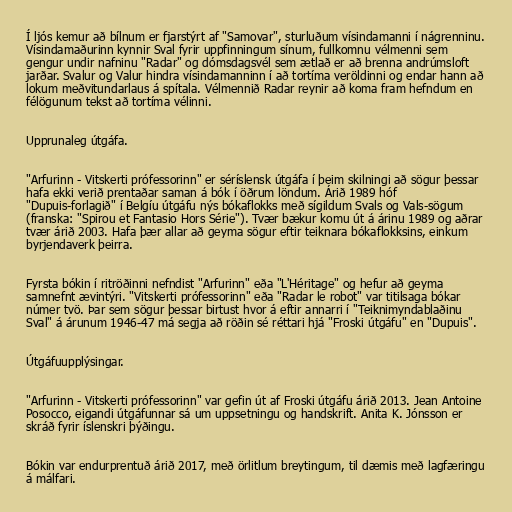
Í ljós kemur að bílnum er fjarstýrt af "Samovar", sturluðum vísindamanni í nágrenninu.
Vísindamaðurinn kynnir Sval fyrir uppfinningum sínum, fullkomnu vélmenni sem
gengur undir nafninu "Radar" og dómsdagsvél sem ætlað er að brenna andrúmsloft
jarðar. Svalur og Valur hindra vísindamanninn í að tortíma veröldinni og endar hann að
lokum meðvitundarlaus á spítala. Vélmennið Radar reynir að koma fram hefndum en
félögunum tekst að tortíma vélinni.

Upprunaleg útgáfa.

"Arfurinn - Vitskerti prófessorinn" er séríslensk útgáfa í þeim skilningi að sögur þessar
hafa ekki verið prentaðar saman á bók í öðrum löndum. Árið 1989 hóf
"Dupuis-forlagið" í Belgíu útgáfu nýs bókaflokks með sígildum Svals og Vals-sögum
(franska: "Spirou et Fantasio Hors Série"). Tvær bækur komu út á árinu 1989 og aðrar
tvær árið 2003. Hafa þær allar að geyma sögur eftir teiknara bókaflokksins, einkum
byrjendaverk þeirra.

Fyrsta bókin í ritröðinni nefndist "Arfurinn" eða "L'Héritage" og hefur að geyma
samnefnt ævintýri. "Vitskerti prófessorinn" eða "Radar le robot" var titilsaga bókar
númer tvö. Þar sem sögur þessar birtust hvor á eftir annarri í "Teiknimyndablaðinu
Sval" á árunum 1946-47 má segja að röðin sé réttari hjá "Froski útgáfu" en "Dupuis".

Útgáfuupplýsingar.

"Arfurinn - Vitskerti prófessorinn" var gefin út af Froski útgáfu árið 2013. Jean Antoine
Posocco, eigandi útgáfunnar sá um uppsetningu og handskrift. Anita K. Jónsson er
skráð fyrir íslenskri þýðingu.

Bókin var endurprentuð árið 2017, með örlitlum breytingum, til dæmis með lagfæringu
á málfari.